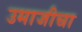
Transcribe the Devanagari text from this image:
उमाजीचा